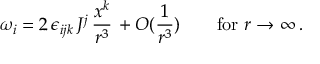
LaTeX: \omega _ { i } = 2 \, \epsilon _ { i j k } \, J ^ { j } \, \frac { x ^ { k } } { r ^ { 3 } } \, + O ( \frac { 1 } { r ^ { 3 } } ) \quad \quad \mathrm { f o r ~ } r \to \infty \, .